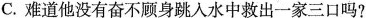
C.难道他没有奋不顾身跳入水中救出一家三口吗?